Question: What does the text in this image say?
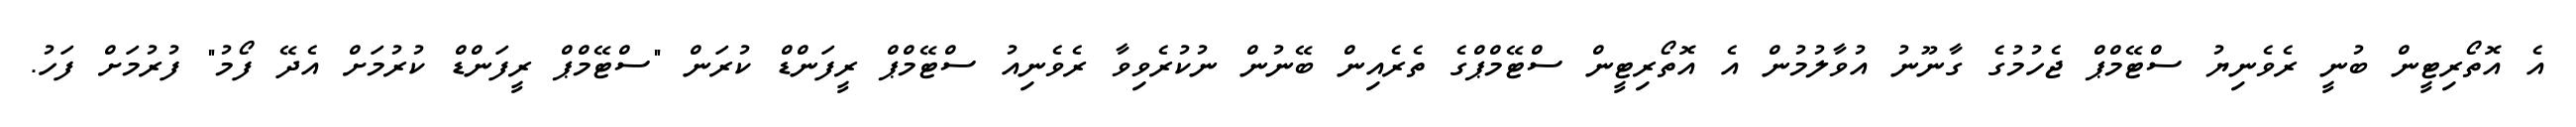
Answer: އެ އޮތޯރިޓީން ބުނީ ރެވެނިޔު ސްޓޭމްޕް ޖެހުމުގެ ގާނޫނު އުވާލުމުން އެ އޮތޯރިޓީން ސްޓޭމްޕްގެ ތެރެއިން ބޭނުން ނުކުރެވިވާ ރެވެނިއު ސްޓޭމްޕް ރީފަންޑް ކުރަން "ސްޓޭމްޕް ރީފަންޑް ކުރުމަށް އެދޭ ފޯމު" ފުރުމަށް ފަހު.